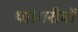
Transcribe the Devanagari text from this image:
था।गरीबों